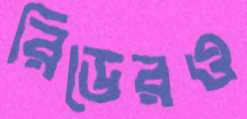
রিডেরও